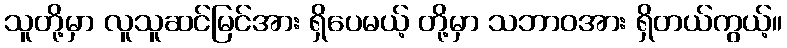
သူတို့မှာ လူသူဆင်မြင်အား ရှိပေမယ့် တို့မှာ သဘာဝအား ရှိတယ်ကွယ့်။